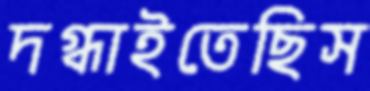
দগ্ধাইতেছিস